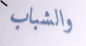
والشباب